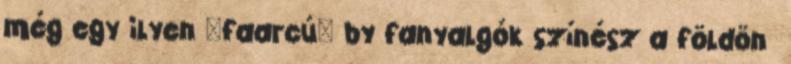
még egy ilyen "faarcú" by fanyalgók színész a földön